Scientific memoirs by medical officers of the Army of India - Part VIII,
Year: 1894
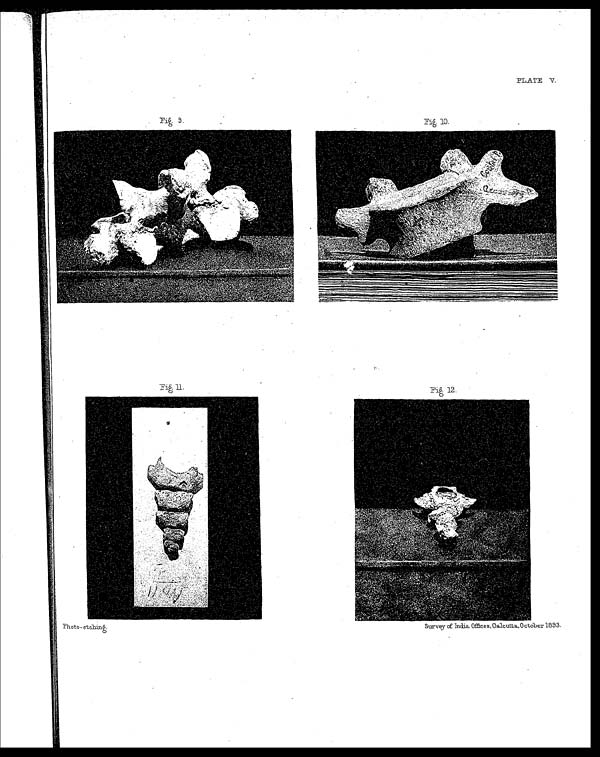
PLATE V.
Photo-etching.
Survey of India Offices, Calcutta, October 1893.